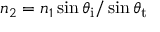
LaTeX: n _ { 2 } = n _ { 1 } \sin \theta _ { \mathrm { i } } / \sin \theta _ { \mathrm { t } }